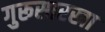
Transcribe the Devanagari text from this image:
गुरूसारखा